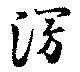
漫